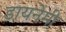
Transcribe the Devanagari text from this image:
डायनेमी